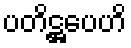
ပတိဋ္ဌပေဟိ